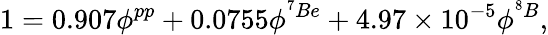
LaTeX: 1=0.907\phi^{pp}+0.0755\phi^{^7Be}+4.97\times 10^{-5}\phi^{^8B},